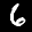
Label: 6